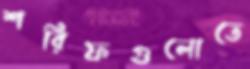
শরিফগুলোতে